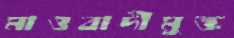
মাওবাদীমুক্ত